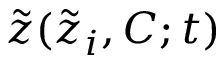
\tilde { z } ( \tilde { z } _ { i } , C ; t )